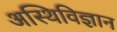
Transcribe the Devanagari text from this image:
अस्थिविज्ञान